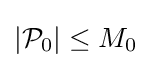
|{\mathcal {P}}_{0}|\leq M_{0}